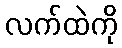
လက်ထဲကို